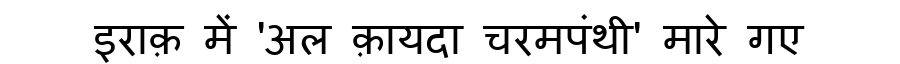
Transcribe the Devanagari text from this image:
इराक़ में 'अल क़ायदा चरमपंथी' मारे गए